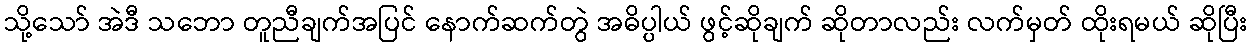
သို့သော် အဲဒီ သဘော တူညီချက်အပြင် နောက်ဆက်တွဲ အဓိပ္ပါယ် ဖွင့်ဆိုချက် ဆိုတာလည်း လက်မှတ် ထိုးရမယ် ဆိုပြီး